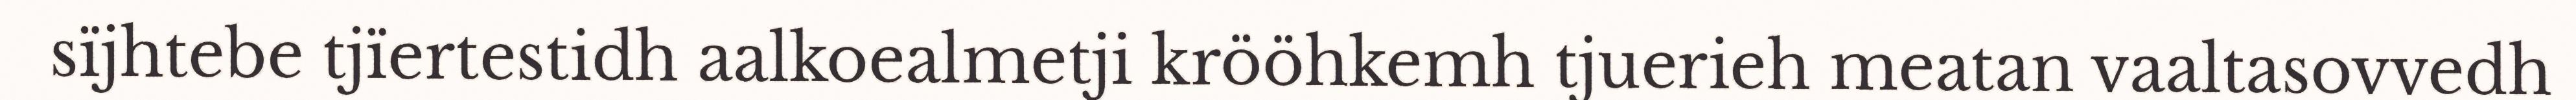
sïjhtebe tjïertestidh aalkoealmetji krööhkemh tjuerieh meatan vaaltasovvedh